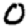
Digit: 0